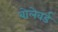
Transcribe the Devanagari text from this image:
बोलेवर्ड